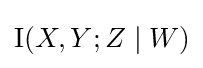
\operatorname {I} (X,Y;Z\mid W)